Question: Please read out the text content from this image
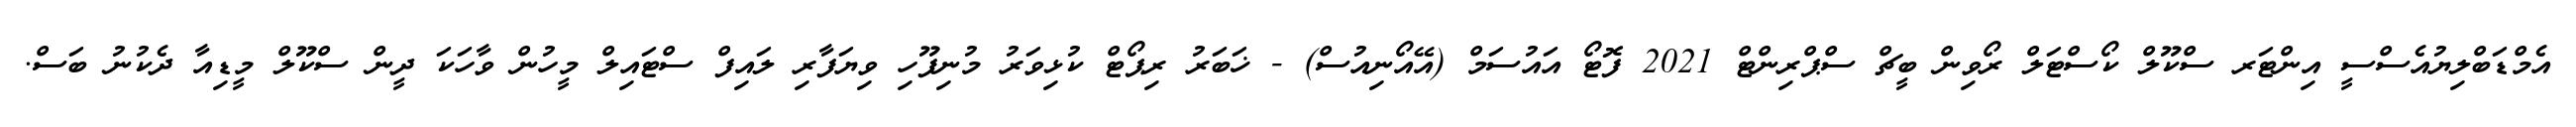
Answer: އެމްޑަބްލިޔުއެސްސީ އިންޓަރ ސްކޫލް ކޯސްޓަލް ރޯވިން ބީޗް ސްޕްރިންޓް 2021 ފޮޓޯ އައުސަމް (އޭއޯނިއުސް) - ޚަބަރު ރިޕޯޓް ކުޅިވަރު މުނިފޫހި ވިޔަފާރި ލައިފް ސްޓައިލް މީހުން ވާހަކަ ދީން ސްކޫލް މީޑިއާ ދެކުނު ބަސް.